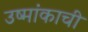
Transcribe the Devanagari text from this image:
उष्मांकाची